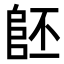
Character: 𨸿